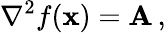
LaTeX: \nabla^{2}f(\mathbf{x})=\mathbf{A}\, ,